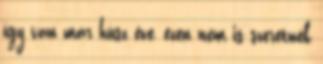
így van már húsz éve, ezen nem is szeretnék